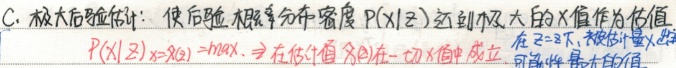
C. 极大后验估计: 使后验概率分布密度 \(P(X|Z)\) 达到极大的 \(X\) 值作为估值.\(P(X|Z)_{X = \hat{X}}=\max\). 即在估计值 \(\hat{X}\) 处对一切 \(X\) 值成立, 在 \(Z\) 下, 被估计量 \(\hat{X}\) 出